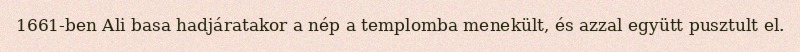
1661-ben Ali basa hadjáratakor a nép a templomba menekült, és azzal együtt pusztult el.